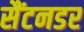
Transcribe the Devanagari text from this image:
सैंटनडर